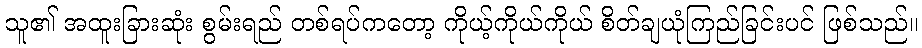
သူ၏ အထူးခြားဆုံး စွမ်းရည် တစ်ရပ်ကတော့ ကိုယ့်ကိုယ်ကိုယ် စိတ်ချယုံကြည်ခြင်းပင် ဖြစ်သည်။